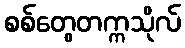
စစ်တွေတက္ကသိုလ်